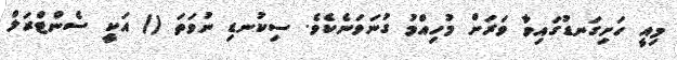
މިއީ ހަށިގަނޑުގައިވާ ވަރަށް މުހިއްމު ގުނަވަނެކެވެ. ސިކުނޑި ނުވަތަ () އަކީ ސެންޓްރަލް